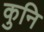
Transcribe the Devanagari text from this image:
कुनि